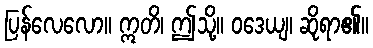
ပြန်လေလော။ ဣတိ၊ ဤသို့။ ဝဒေယျ၊ ဆိုရာ၏။